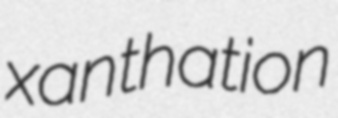
xanthation